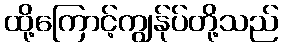
ထို့ကြောင့်ကျွန်ုပ်တို့သည်